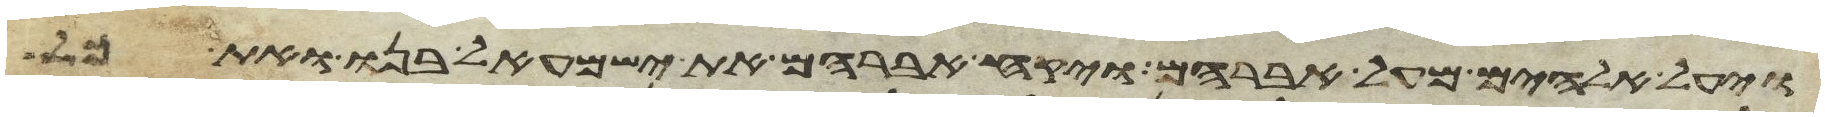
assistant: ויעל אלהים מעל אברהם ויקח אברהם את ישמעאל בנו ואת כל